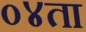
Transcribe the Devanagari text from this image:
०४ता